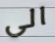
الى